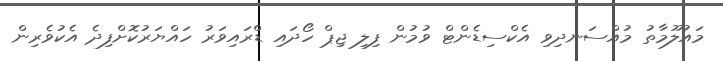
މައުލޫމާތު މުއްސަނދިވި އެކްސިޑެންޓް ވުމުން ފިލި ޖިޕް ހޯދައި ޑްރައިވަރު ހައްޔަރުކޮށްފިދެ އެކުވެރިން